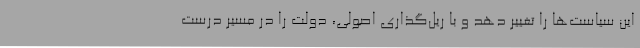
این سیاست‌ها را تغییر دهد و با ریل‌گذاری اصولی، دولت را در مسیر درست